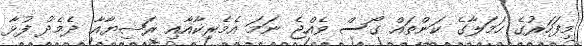
މިފަހަރުގެ ހަަމަލާގެ ކަންތައް ގޯސް ވެއްޖެ ނަމަ އެމެރިކާއާއި ރަޝިޔާއާ ދެމެދު ފުޅާ